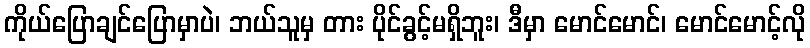
ကိုယ်ပြောချင်ပြောမှာပဲ၊ ဘယ်သူမှ တား ပိုင်ခွင့်မရှိဘူး၊ ဒီမှာ မောင်မောင်၊ မောင်မောင့်လို